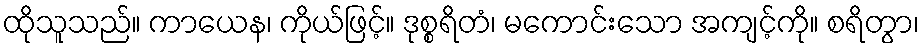
ထိုသူသည်။ ကာယေန၊ ကိုယ်ဖြင့်။ ဒုစ္စရိတံ၊ မကောင်းသော အကျင့်ကို။ စရိတွာ၊